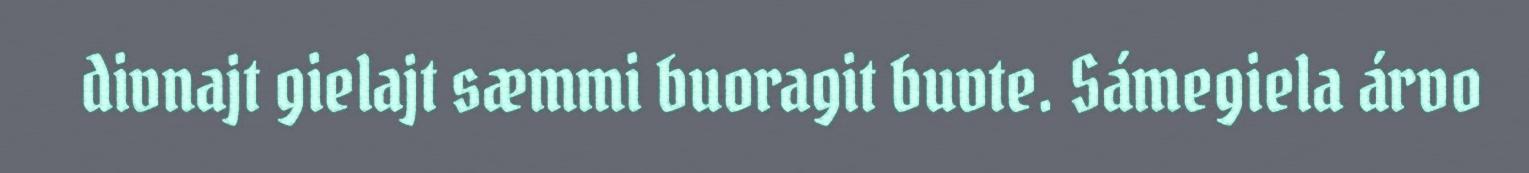
divnajt gielajt sæmmi buoragit buvte. Sámegiela árvo